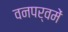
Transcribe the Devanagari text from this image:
वनपर्वमें